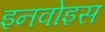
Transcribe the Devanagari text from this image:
इनवोइस